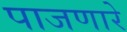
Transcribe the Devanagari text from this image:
पाजणारे